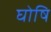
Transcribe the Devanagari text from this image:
घोषि